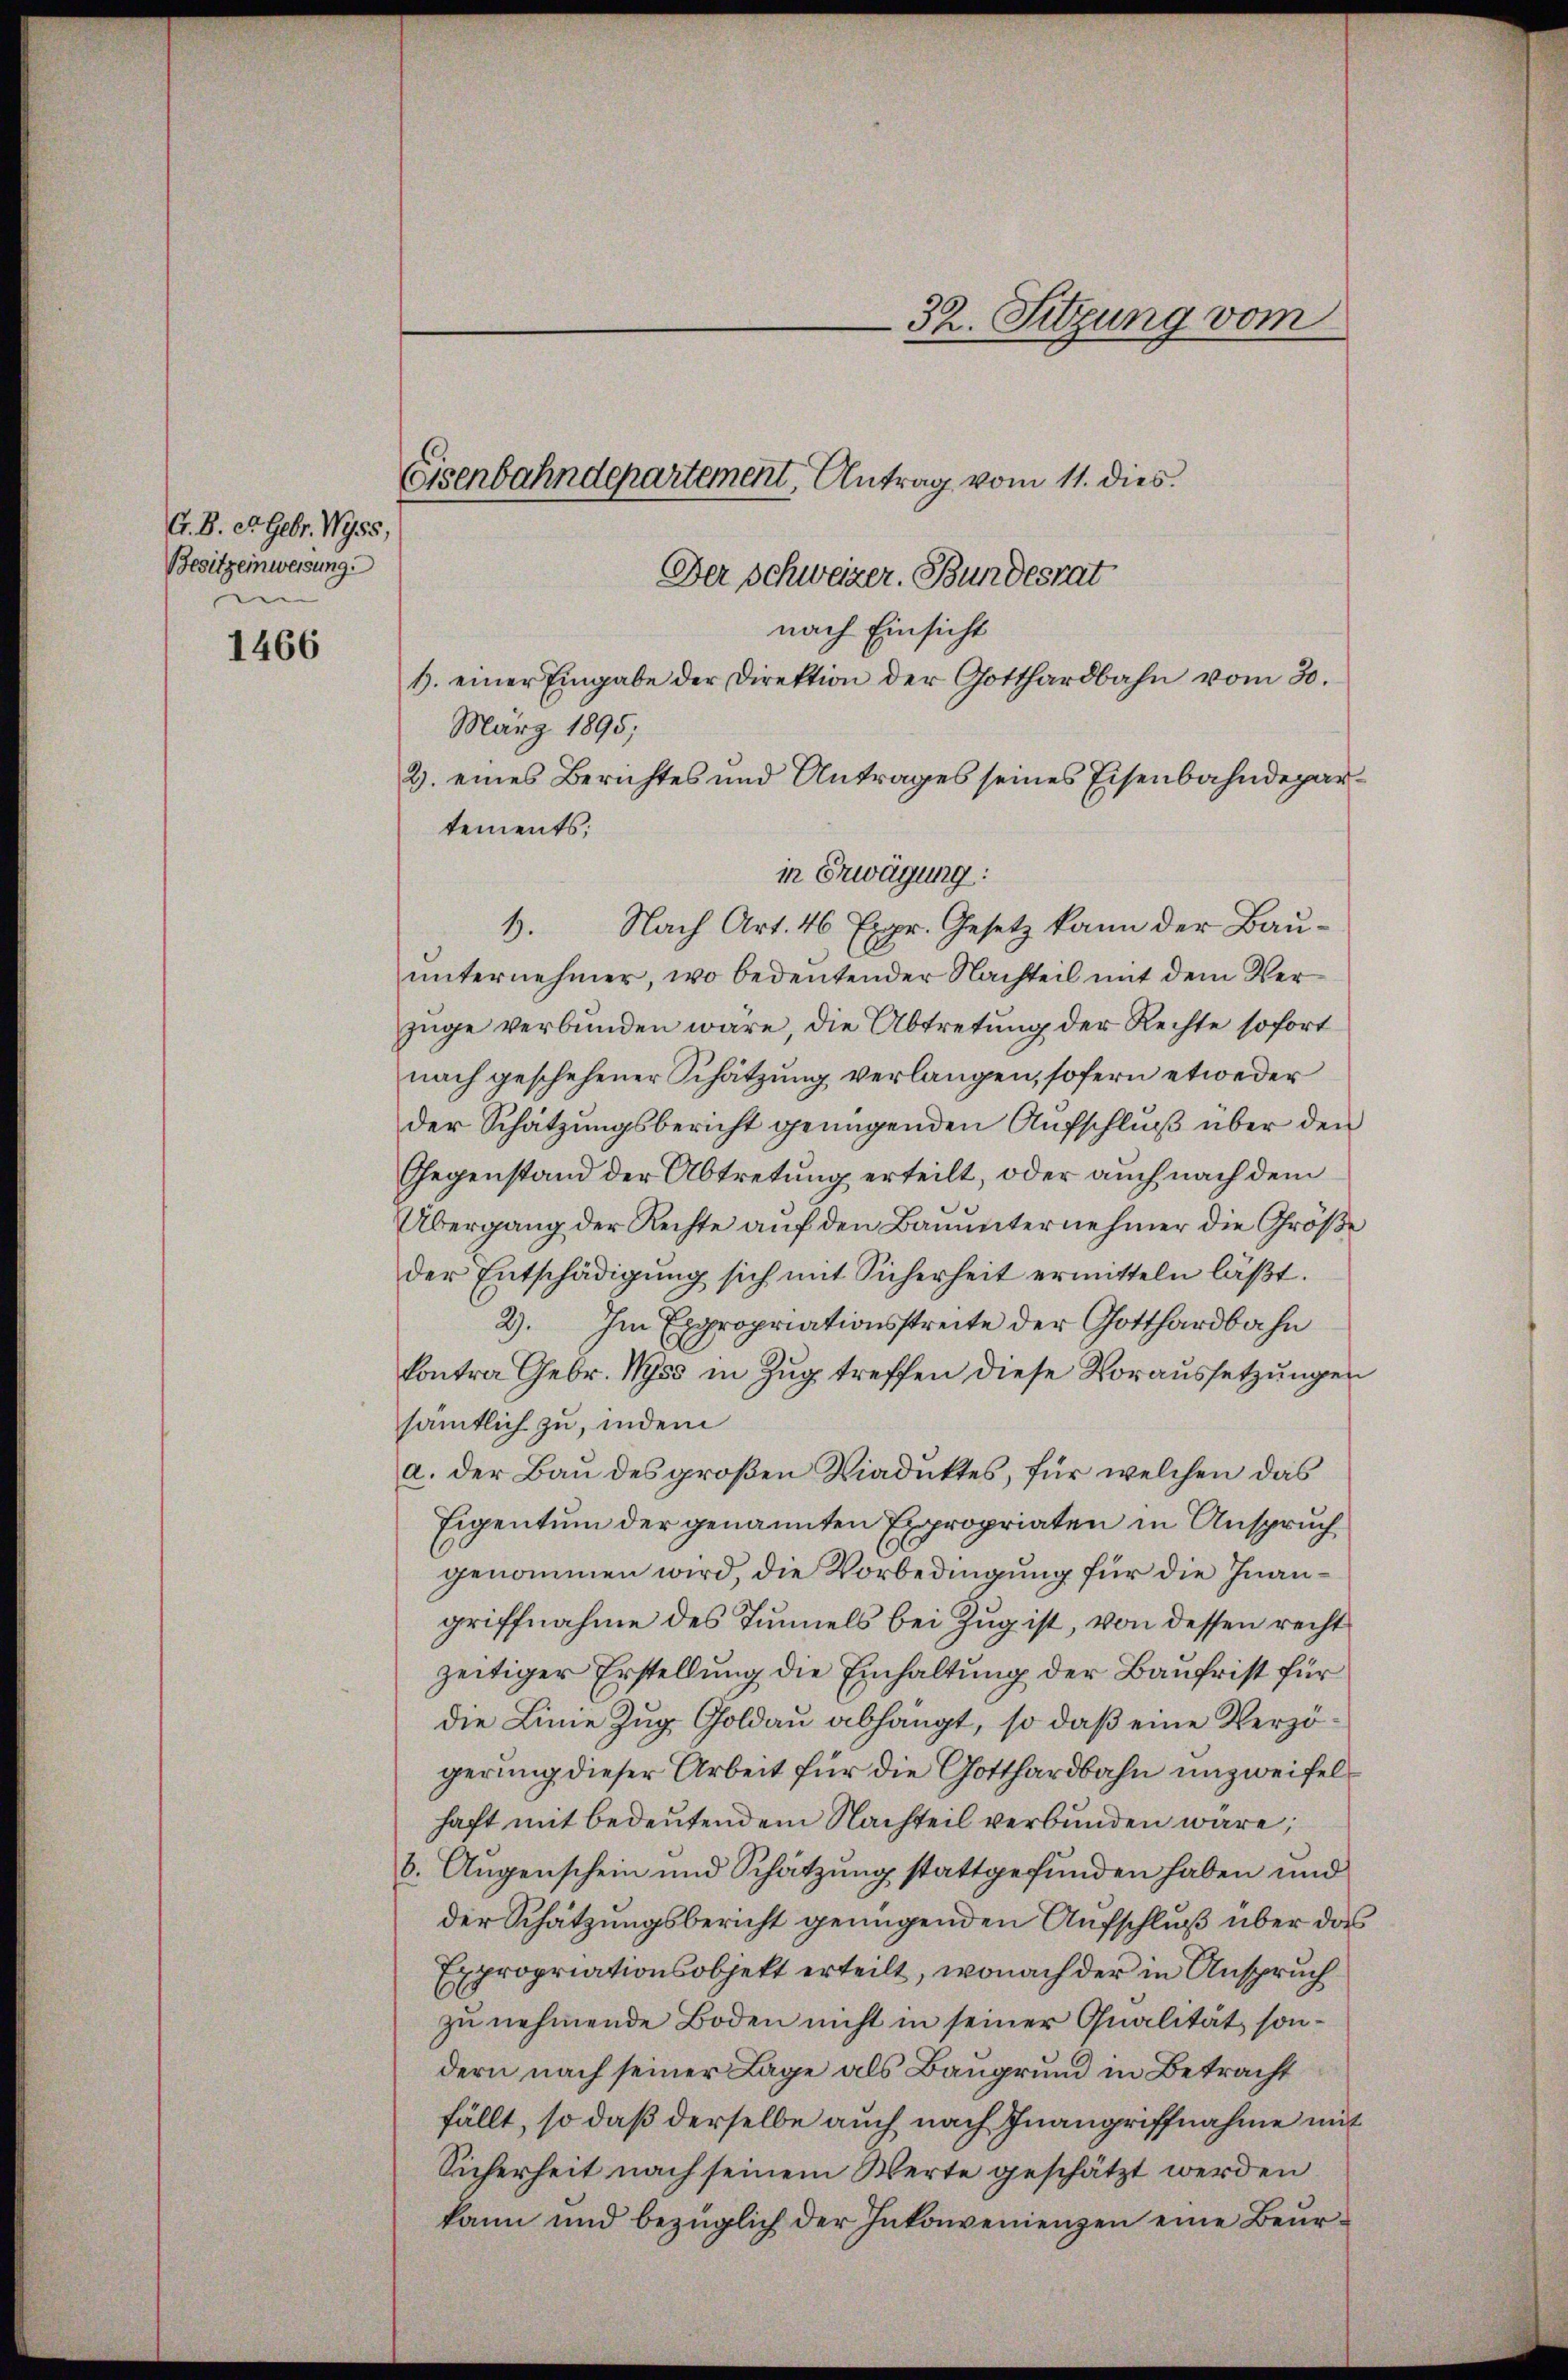
1466

A. B. et. Gebr. 1955.
Besitzeinweisung.
e

Der Schweizer. Bundesrat
nach Einsicht
1. einer Eingabe der Direktion der Gotthardbahn vom 30.
März 1895;
2. eines Berichtes und Antrages seines Eisenbahndepartements;
1. Nach Art. 46 Expr. Gesetz kann der Baŭ-
unternehmer, wo bedeutender Nachteil mit dem Verzüge verbunden wäre, die Abtretung der Rechte sofort
nach geschehener Schätzung verlangen, sofern etweder
der Schätzungsbericht genügenden Aufschluß über den
Gegenstand der Abtretung erteilt, oder auch nach dem
Übergang der Rechte aŭf den Bauunternehmer die Große
der Entschädigung sich mit Sicherheit ermitteln läßt.
2). Im Expropriationsstreite der Gotthardbahn
kontra Gebr. Wyss in Zug treffen diese Voraussetzungen
sämtlich zu, indem
a. der Bau des großen Viaduktes, für welchen das
Eigentum der genannten Expropriaten in Anspruch
genommen wird, die Vorbedingung für die Inangriffnahme des Tunnels bei Zug ist, von dessen recht
zeitiger Erstellung die Einhaltung der Baufrist für
die Linie Zug Goldau abhängt, so daß eine Verzögerung dieser Arbeit für die Gotthardbahn unzweifelhaft mit bedeutendem Nachteil verbunden wäre;
6. Augenschein und Schätzung stattgefunden haben und
der Schätzungsbericht genügenden Aufschluß über das
Expropriationsobjekt erteilt, wonach der in Anspruch
zu nehmende Boden nicht in seiner Qualität, sondern nach seiner Lage als Baugrund in Betracht
fällt, so daß derselbe auch nach Inangriffnahme mit
Sicherheit nach seinem Werte geschätzt werden
kann und bezüglich der Inkonvenienzen eine Beur¬

32. Sitzung vom

Eisenbahndepartement, Antrag vom 11. dies

in Erwägung: